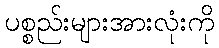
ပစ္စည်းများအားလုံးကို